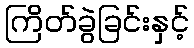
ကြိတ်ခွဲခြင်းနှင့်